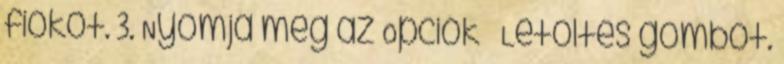
fiókot. 3. Nyomja meg az Opciók → Letöltés gombot.